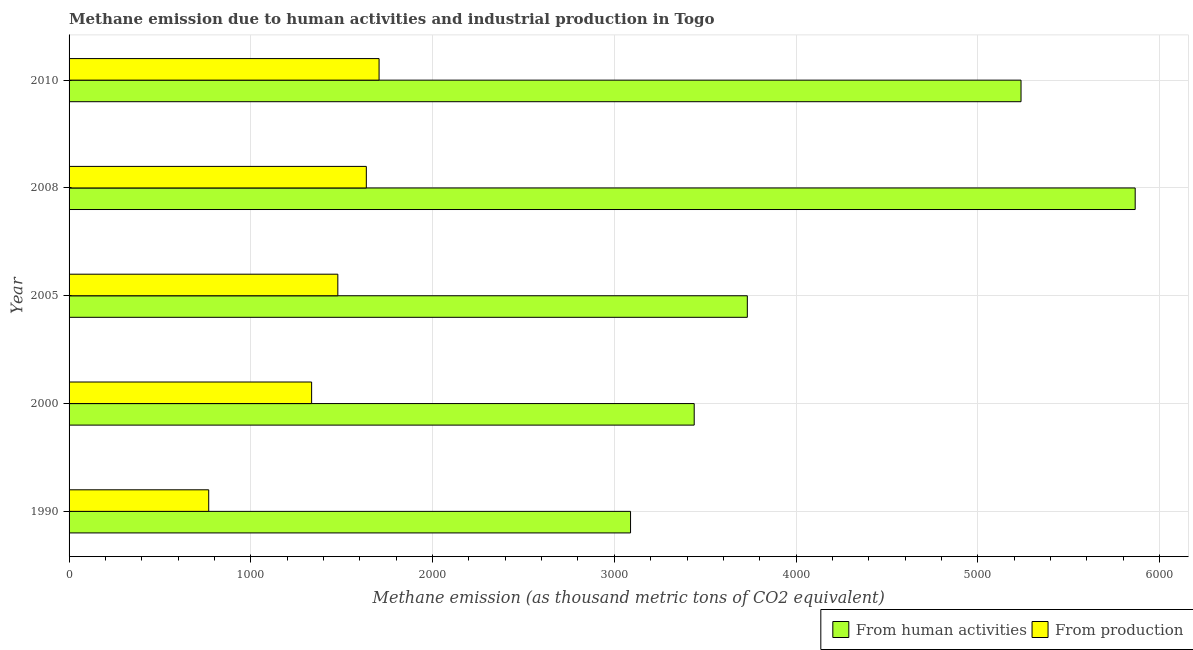
| Year | From human activities | From production |
 | --- | --- | --- |
 | 1990 | 3.09e+03 | 768 |
 | 2000 | 3.44e+03 | 1.33e+03 |
 | 2005 | 3.73e+03 | 1.48e+03 |
 | 2008 | 5.87e+03 | 1.64e+03 |
 | 2010 | 5.24e+03 | 1.71e+03 |